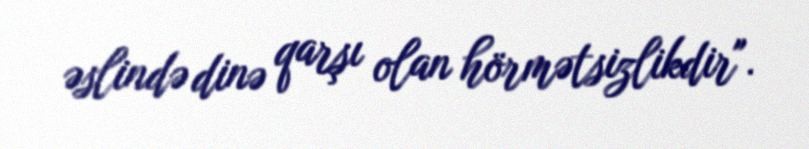
əslində dinə qarşı olan hörmətsizlikdir".